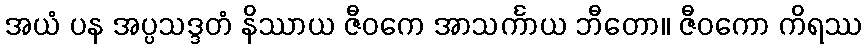
အယံ ပန အပ္ပသဒ္ဒတံ နိဿာယ ဇီဝကေ အာသင်္ကာယ ဘီတော။ ဇီဝကော ကိရဿ